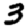
Digit: 3